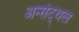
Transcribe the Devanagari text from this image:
अर्न्सट्थल